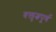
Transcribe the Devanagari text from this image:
वक्तृत्वपूर्ण